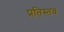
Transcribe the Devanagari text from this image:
प्रतिस्तव